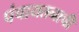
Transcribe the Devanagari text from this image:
पंचायतनाची